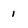
Character: 1